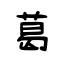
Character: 葛